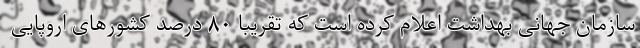
سازمان جهانی بهداشت اعلام کرده است که تقریباً ۸۰ درصد کشورهای اروپایی